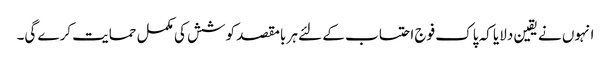
انہوں نے یقین دلایا کہ پاک فوج احتساب کے لئے ہر بامقصد کوشش کی مکمل حمایت کرے گی۔